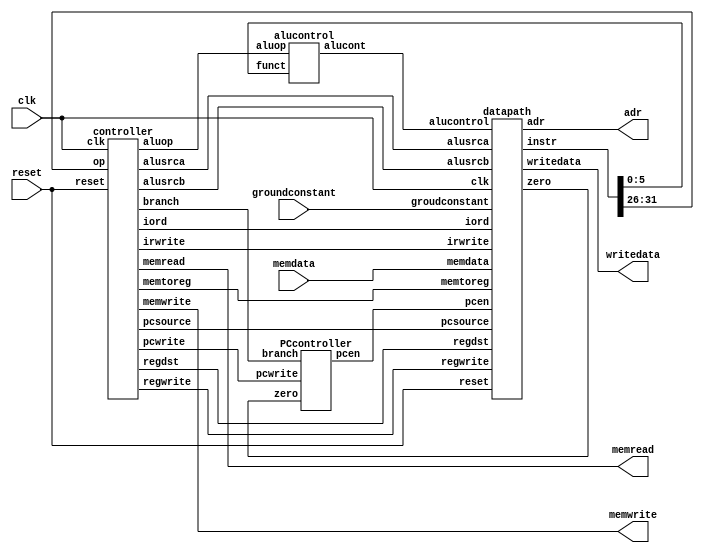
`timescale 1ns/10ps
module cpu(clk,reset,memdata,memread,memwrite,adr,writedata,groundconstant);
input		clk;
input		reset;
input           [7:0] memdata;	
input           groundconstant;

output		memread    ;	
output		memwrite   ;
output     	[7:0] adr;
output 		[7:0] writedata;

wire		memread;    
wire		memwrite  ;
wire    	[7:0] adr;
wire		[7:0] writedata;
wire 		zero,pcen,branch,memtoreg,regwrite,regdst,pcwrite,alusrca,iord;
wire 		[1:0] aluop,alusrcb,pcsource;
wire		[2:0] alucontrol;
wire    	[3:0] irwrite;
wire 		[31:0] instr;





PCcontroller P1(.pcwrite(pcwrite), .branch(branch), .zero(zero), .pcen(pcen));
alucontrol a1( .alucont(alucontrol), .aluop(aluop), .funct(instr[5:0])) ;
controller c1(.alusrca(alusrca), .alusrcb(alusrcb), .aluop(aluop), .branch(branch), .iord(iord), .irwrite(irwrite), 
                  .memread(memread), .memwrite(memwrite), .memtoreg(memtoreg), 
		  .pcwrite(pcwrite), .pcsource(pcsource), .regwrite(regwrite), .regdst(regdst),
                  .op(instr[31:26]), .clk(clk), .reset(reset)) ;
datapath d1(.adr(adr), .instr(instr[31:0]), .writedata(writedata), .zero(zero), 
                 .alucontrol(alucontrol), .alusrca(alusrca), .alusrcb(alusrcb), .iord(iord), .irwrite(irwrite), 
		.memdata(memdata), .memtoreg(memtoreg), .pcen(pcen), .pcsource(pcsource), .regdst(regdst), 
		.regwrite(regwrite), .clk(clk), .reset(reset), .groudconstant(groundconstant)) ;
endmodule


module PCcontroller(pcwrite,branch,zero,pcen);
	output pcen;
	input pcwrite,branch,zero;
	
	and an1(sel_1,branch,zero);
	or or1(pcen,pcwrite,sel_1);

endmodule

module alucontrol( alucont, aluop, funct ) ;

// this module decodes the 'funct' field from the assembly instruction
// it then determines the type of instruction it is: R, I, J
// and creates a 3-bit control line (alucont) for the ALU itself.

// the ALU will rely onlt on the alucont line and not the funct line.


   input  [1:0] aluop   ;
   input  [5:0] funct   ;
   output [2:0] alucont ;

   reg    [2:0] alucont ;

   always @(*)
      case(aluop)
         2'b00: alucont <= 3'b010;  // add for lb/sb
         2'b01: alucont <= 3'b110;  // sub (for beq)
         default: case(funct)       // R-Type instructions
                     6'b100000: alucont <= 3'b010; // add (for add)
                     6'b100010: alucont <= 3'b110; // subtract (for sub)
                     6'b100100: alucont <= 3'b000; // logical and (for and)
                     6'b100101: alucont <= 3'b001; // logical or (for or)
                     6'b101010: alucont <= 3'b111; // set on less (for slt)
                     default:   alucont <= 3'b101; // should never happen
                  endcase
      endcase

endmodule

module controller(alusrca, alusrcb, aluop, branch, iord, irwrite, 
                  memread, memwrite, memtoreg, 
		  pcwrite, pcsource, regwrite, regdst,
                  op, clk, reset) ;

   // INPUTS (3)
   input  [5:0]   op         ;	// OPCODE
   input          clk, reset ;

   // OUTPUTS (12)
   output         alusrca    ;	// ALUSrcA
   output [1:0]   alusrcb    ;	// ALUSrcB
   output [1:0]   aluop      ;	// ALUOp
   output         branch     ;	// Branch
   output         iord       ;	// IorD
   output [3:0]   irwrite    ;	// irwrite [0] = IRWrite0, irwrite[1] = IRWrite1, etc.
   output         memread    ;	// MemRead
   output         memwrite   ;	// MemWrite
   output         memtoreg   ;	// MemtoReg
   output         pcwrite    ;	// PCWrite
   output [1:0]   pcsource   ;	// PCSrc
   output         regwrite   ;	// RegWrite
   output	  regdst     ;	// RegDst

   // REGISTERS
   reg         alusrca    ;	// ALUSrcA
   reg [1:0]   alusrcb    ;	// ALUSrcB
   reg [1:0]   aluop      ;	// ALUOp
   reg         branch     ;	// Branch
   reg         iord       ;	// IorD
   reg [3:0]   irwrite    ;	// irwrite [0] = IRWrite0, irwrite[1] = IRWrite1, etc.
   reg         memread    ;	// MemRead
   reg         memwrite   ;	// MemWrite
   reg         memtoreg   ;	// MemtoReg
   reg         pcwrite    ;	// PCWrite
   reg [1:0]   pcsource   ;	// PCSrc
   reg         regwrite   ;	// RegWrite
   reg	       regdst     ;
   // TODO


   // STATES (12)
   //
   parameter      FETCH1  =  4'b0001;	// state 0
   parameter      FETCH2  =  4'b0010;	// state 1
   parameter      FETCH3  =  4'b0011;	// state 2 
   parameter      FETCH4  =  4'b0100;	// state 3
   parameter      DECODE  =  4'b0101;   // state 4
   parameter      MEMADR  =  4'b0110;	// state 5
   parameter      LBRD    =  4'b0111;	// state 6
   parameter      LBWR    =  4'b1000;	// state 7
   parameter      SBWR    =  4'b1001;	// state 8
   parameter      RTYPEEX =  4'b1010;	// state 9
   parameter      RTYPEWR =  4'b1011;	// state 10
   parameter      BEQEX   =  4'b1100;	// state 11
   parameter      JEX     =  4'b1101;	// state 12

   // OPCODES  -- Make input decoding simpler
   // 
   parameter      LB      =  6'b100000;	// load byte
   parameter      SB      =  6'b101000; // store byte
   parameter      RTYPE   =  6'b000000; // TODO - see lecture 4b 
   parameter      BEQ     =  6'b000100; // TODO
   parameter      J       =  6'b000010; // TODO

   // STATE REGISTERS
   reg [3:0] state, nextstate;

   // state register
   always @(posedge clk )
     if(reset) state <= FETCH1;
	else state<=nextstate; // TODO


// next state logic
   always @(*)
      // TODO
   begin
	case(state)
	FETCH1: nextstate<=FETCH2;
	FETCH2: nextstate<=FETCH3;
	FETCH3: nextstate<=FETCH4;	
	FETCH4: nextstate<=DECODE;
	DECODE:case(op)
			LB:nextstate<=MEMADR;	
   			SB:nextstate<=MEMADR; 
      			RTYPE:nextstate<=RTYPEEX;          
      			BEQ:nextstate<=BEQEX;   
     			J:nextstate<=JEX;
			default:nextstate<=FETCH1;
		endcase
	MEMADR:
		case(op)
	    	LB:nextstate<=LBRD; 
		SB:nextstate<=SBWR; 
		default:nextstate<=FETCH1;
		endcase
	LBRD:nextstate<=LBWR;	
    	LBWR:nextstate<=FETCH1;	
     	SBWR:nextstate<=FETCH1;	
     	RTYPEEX:nextstate<=RTYPEWR;	
    	RTYPEWR:nextstate<=FETCH1;	
    	BEQEX:nextstate<=FETCH1;
     	JEX:nextstate<=FETCH1;
	default:nextstate<=FETCH1;
	endcase
   end

   // registered outputs
   always @(*)
     
 // TODO
   	begin
			begin
			alusrca<=0;
			alusrcb<=2'b00;	
			aluop<=2'b00;	   
			branch<=0;	     
			iord<=0;	
			irwrite<=4'b0000;	
			memread<=0; 
			memwrite<=0;   
			memtoreg<=0;    
			pcwrite<=0;	 
			pcsource<=2'b00;	 
			regwrite<=0;	
			regdst<=0;
			end

	case(state)
     		FETCH1:	        // state 0
			begin			
			alusrcb<=2'b01;	
			irwrite<=4'b0001;	
			memread<=1;     
			pcwrite<=1;	 
			end

     		FETCH2:  	// state 1
			begin
			alusrcb<=2'b01;	
			irwrite<=4'b0010;	
			memread<=1;   
			pcwrite<=1;	 
			end
			
       		FETCH3:  	// state 2 
			begin
			alusrcb<=2'b01;	
			irwrite<=4'b0100;	
			memread<=1;      
			pcwrite<=1;	 
			end
		
     		FETCH4:  	// state 3
			begin
			alusrcb<=2'b01;	
			irwrite<=4'b1000;	
			memread<=1;   
			pcwrite<=1;	 
			end
		
    		DECODE:     	// state 4
			alusrcb<=2'b11;	

        	MEMADR:    	// state 5
			begin
			alusrca<=1;
			alusrcb<=2'b10;	
			end
				
  		LBRD:     	// state 6
			begin	     
			iord<=1;	
			memread<=1; 
			end

   		LBWR:     	// state 7
			begin
			memtoreg<=1;  	 
			regwrite<=1;	
			end
		
      		SBWR:      	// state 8
			begin	     
			iord<=1;	
			memwrite<=1;   
			end

     		RTYPEEX:  	// state 9
			begin			
			alusrca<=1;	
			aluop<=2'b10;	 
			end

      		RTYPEWR:   	// state 10
			begin	 
			regwrite<=1;	
			regdst<=1;
			end

		BEQEX:     	// state 11
			begin
			alusrca<=1;	
			aluop<=2'b01;	   
			branch<=1;	 
			pcsource<=2'b01;	 
			end

     		JEX:       	// state 12  
			begin   
			pcwrite<=1;	 
			pcsource<=2'b10;	 
			end
		endcase
	end
endmodule

module enableffp(D,enable,Q,clk,reset);
	output [7:0] Q;
	input [7:0] D;
	input enable,clk,reset;
	reg [7:0] Q;
	
always @(posedge clk)
if(reset)
 Q<=0;	
else if(enable) 
	Q<=D;
else Q<=Q;
endmodule





module ffp(D,Q,clk,reset);
	output [7:0] Q;
	input [7:0] D;
	input clk,reset;
	reg [7:0] Q;

always @(posedge clk)
if (reset) Q<=0;
	else
	Q<=D;
endmodule


module alu (result, a, b, alucont) ;

   input  [7:0] a, b ;
   input  [2:0] alucont ;
   output [7:0] result ;

   reg    [7:0] result ;
   wire   [7:0] b2, sum, slt ;

   assign b2 = alucont[2] ? ~b:b ; 
   assign sum = a + b2 + alucont[2] ;
   // slt should be 1 if most significant bit of sum is 1
   assign slt = sum[7] ;
	always@(*)
      case(alucont[1:0])
         2'b00: result <= a & b ;
         2'b01: result <= a | b ;
         2'b10: result <= sum ;
         2'b11: result <= slt ;
      endcase
endmodule

module regfile (rd1, rd2, clk, regwrite, ra1, ra2, wa, wd,reset) ;

// This reg file will only have registers $zero, $s0->$s7
// On a READ, takes in addresses on lines: ra1 and ra2
// Spits out data for those registers on lines: rd1 and rd2

// On a WRITE, regwrite must equal 1 (to signal a write)
// Takes in address of register to write to on line: wa
// Takes in data to write to register on line: wd
// Only performs a WRITE on posedge of clk


   input        clk,reset ;
   input        regwrite ;  // signal to command regfile to 'write' to a reg
   input  [2:0] ra1 ;	    // 3-bit address of $s0 --> $s7 (source reg: RS)
   input  [2:0] ra2 ;	    // 3-bit address of $s0 --> $s7 (source reg: RT)
   input  [2:0] wa  ;  	    // 3-bit address of $s0 --> $s7 (destin reg: RD)

   input  [7:0] wd  ;	    // 8-bit data to write to RD
   output [7:0]  rd1, rd2 ; // 8-bit data to read from RS and RT

   // 2-dimensional register (8x8) -- holds actual registers $s0 through $s7
   reg  [7:0] REGS [7:0];


   // WRITE
   always @(posedge clk)
     if (reset) begin REGS[3] <= 0; REGS[2] <= 0;REGS[1] <= 0;REGS[0] <= 0;end
     else if (regwrite) REGS[wa] <= wd;	

   // READ
   assign rd1 = ra1 ? REGS[ra1] : 0;   // looks up address ra1 in reg array
   assign rd2 = ra2 ? REGS[ra2] : 0;   // looks up address ra2 in reg array
   				       // note: register 0 hardwired to 0
endmodule


module datapath (adr, instr, writedata, zero, 
                 alucontrol, alusrca, alusrcb, iord, irwrite, memdata, 
		 memtoreg, pcen, pcsource, regdst, regwrite,
		 clk, reset,groudconstant ) ;

   // INPUTS (13)
   input  [2:0]  alucontrol ;  // control signal for ALU
   input         alusrca    ;  // control signal for 2:1 mux for ALU's srca input
   input  [1:0]  alusrcb    ;  // control signal for 4:1 mux for ALU's srcb input
   input 	 iord       ;  // control signal for 2:1 mux from Program counter
   input  [3:0]  irwrite    ;  // control signal for the 4 DFF's holding the instruction
   input  [7:0]  memdata    ;  // 8-bit line coming from memory's RD line
   input 	 memtoreg   ;  // control signal for the 2:1 mux for memory's WD line
   input         pcen       ;  // control signal for PC's DFF
   input 	 regdst     ;  // control signal for 2:1 mux for memory's WA line
   input 	 regwrite   ;  // control signal for regfile
   input  [1:0]  pcsource   ;  // control signal for 4:1 mux leading to PC register
   input         clk, reset ;  
   input         groudconstant;
	

   // OUTPUTS (4)
   output [ 7:0] adr        ;  // output coming from 2:1 mux from program counter
   output [31:0] instr      ;  // output coming from all 4 DFF's holding the instruction
   output [ 7:0] writedata  ;  // output leading to WD line on memory
   output        zero       ;  // output coming from zero detect module

   // WIRES (15) -- no additional wires needed
   wire   [2:0]  ra1, ra2, wa ;  // regfile's 3-bit inputs
   wire   [7:0]  rd1, rd2, wd ;  // regfile's 8-bit outputs/inputs
   wire   [7:0]  pc, nextpc   ;	 // program counter's wires
   wire   [7:0]  data         ;  // output of memdata's register
   wire   [7:0]  a, srca, srcb, aluresult, aluout ;  // ALU & its MUX's & FF's wires
   wire   [7:0]  constx4      ;	 // output of shift left by 2 module

   // NOTE: notice, no REGS, this is purely comb. module, no always blocks



   // shift left constant field by 2 (constx4)
   // TODO: hint can easily be done using an assign statement
	assign constx4={instr[5:0],2'b00};


   // register file address fields
   // TODO: ra1 and ra2 can easily be wired using assign statement
 	assign ra1=instr[23:21];
	assign ra2=instr[18:16];
   
   // 4 instruction registers
   // TODO: instance 4 8-bit DFF's to hold the single 32-bit instruction
	enableffp f0(.D(memdata),.enable(irwrite[0]),.Q(instr[31:24]),.clk(clk), .reset(reset));
	enableffp f1(.D(memdata),.enable(irwrite[1]),.Q(instr[23:16]),.clk(clk), .reset(reset));
	enableffp f2(.D(memdata),.enable(irwrite[2]),.Q(instr[15:8]),.clk(clk), .reset(reset));
	enableffp f3(.D(memdata),.enable(irwrite[3]),.Q(instr[7:0]),.clk(clk), .reset(reset));
	enableffp ffppcen(.D(nextpc),.enable(pcen),.Q(pc),.clk(clk), .reset(reset));

   // instance remaining DFFs
   // TODO:
	ffp fdata(.D(memdata),.Q(data),.clk(clk), .reset(reset));
	ffp fa(.D(rd1),.Q(a),.clk(clk), .reset(reset));
	ffp fwritedata(.D(rd2),.Q(writedata),.clk(clk), .reset(reset));
	ffp faluout(.D(aluresult),.Q(aluout),.clk(clk), .reset(reset));
   // instance remaining MUXs
   // TODO:
	assign adr= iord ? aluout : pc;
	assign wa= regdst ? instr[13:11] : instr[18:16];
	assign wd= memtoreg ? data : aluout;
	assign srca= alusrca ? a : pc;
	assign srcb= alusrcb[1] ?  (alusrcb[0] ?  constx4:instr[7:0]):(alusrcb[0] ? {{7{groudconstant}},~{groudconstant}}:writedata);
	assign nextpc= pcsource[1] ? (pcsource[0] ?  {8{groudconstant}}:constx4):(pcsource[0] ?  aluout:aluresult);
   // instance register file
   // TODO:
	regfile reg1(.rd1(rd1),.rd2(rd2),.clk(clk),.regwrite(regwrite),.ra1(instr[23:21]),.ra2(instr[18:16]),.wa(wa),.wd(wd),.reset(reset));

   // instance ALU
   // TODO:
   alu a1(.result(aluresult),.a(srca),.b(srcb),.alucont(alucontrol));
  
   // perform zero detect on output of ALU
   // TODO: could use simple assign statement, or NAND gate
	assign zero=(aluresult==0);
endmodule